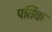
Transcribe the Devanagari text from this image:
पर्तिक